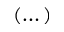
( \dots )